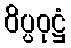
ဝိပ္ပဝုဋ္ဌံ